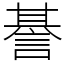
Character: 諅